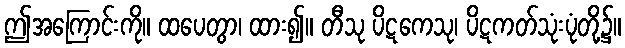
ဤအကြောင်းကို။ ထပေတွာ၊ ထား၍။ တီသု ပိဋကေသု၊ ပိဋကတ်သုံးပုံတို့၌။